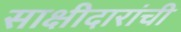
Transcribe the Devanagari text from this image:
साक्षीदारांची